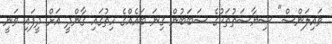
ވައިލަންސް" ސިޔާސަތުތަކުގެ ސަބަބުން ގިނަ ބައެއްގެ ހިތުގައި ގާންދީ އަށް ދީފައި ވަނީ